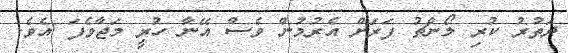
ދަތުރު ކުރި ލޯންޗު ފަރަށް އެރުމުން ވެސް އޭނާ ހުރީ މަޖާވެފަ އެވެ.